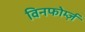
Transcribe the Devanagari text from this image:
विनफोर्म्ज़